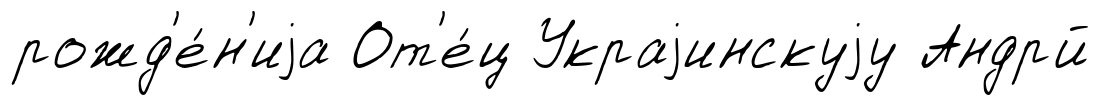
рожд'е́н'иjа От'е́ц Украjинскуjу Андрй